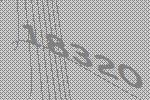
18320